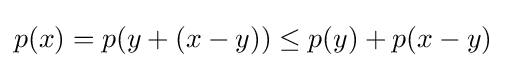
p(x)=p(y+(x-y))\leq p(y)+p(x-y)